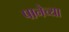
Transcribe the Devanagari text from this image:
पानेच्या